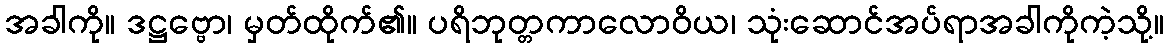
အခါကို။ ဒဋ္ဌဗ္ဗော၊ မှတ်ထိုက်၏။ ပရိဘုတ္တကာလောဝိယ၊ သုံးဆောင်အပ်ရာအခါကိုကဲ့သို့။